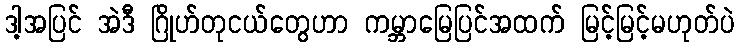
ဒါ့အပြင် အဲဒီ ဂြိုဟ်တုငယ်တွေဟာ ကမ္ဘာမြေပြင်အထက် မြင့်မြင့်မဟုတ်ပဲ